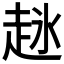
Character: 𬦋